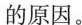
|的原因。